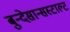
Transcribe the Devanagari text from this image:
बुन्देसान्सस्टाल्ट